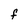
Character: F